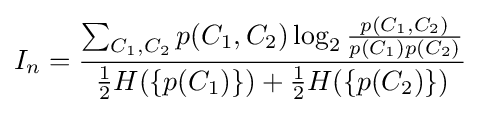
I_{n}={\frac {\sum _{C_{1},C_{2}}p(C_{1},C_{2})\log _{2}{\frac {p(C_{1},C_{2})}{p(C_{1})p(C_{2})}}}{{\frac {1}{2}}H(\{p(C_{1})\})+{\frac {1}{2}}H(\{p(C_{2})\})}}